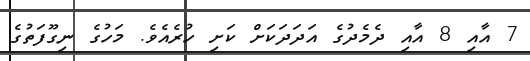
7 އާއި 8 އާއި ދެމެދުގެ އަދަދަކަށް ކަށި ހުރެއެވެ. މަހުގެ ނިގޫފަތުގެ